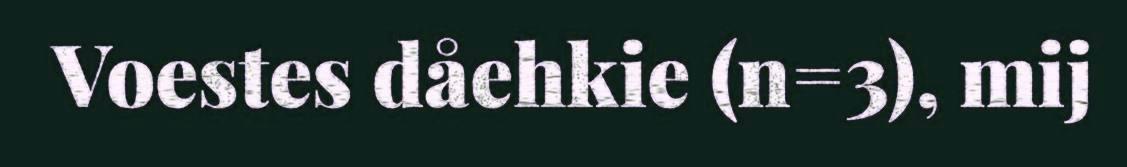
Voestes dåehkie (n=3), mij